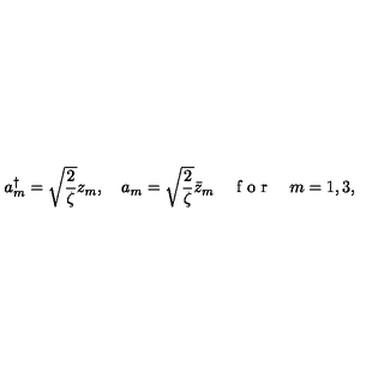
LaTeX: a _ { m } ^ { \dagger } = \sqrt { \frac { 2 } { \zeta } } z _ { m } , \quad a _ { m } = \sqrt { \frac { 2 } { \zeta } } \bar { z } _ { m } \quad \textrm { f o r } \quad m = 1 , 3 ,